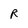
Character: R